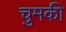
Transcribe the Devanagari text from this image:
चुमकी